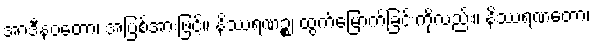
အာဒီနဝတော၊ အပြစ်အားဖြင့်။ နိဿရဏဉ္စ၊ ထွက်မြောက်ခြင်းကိုလည်း။ နိဿရဏတော၊